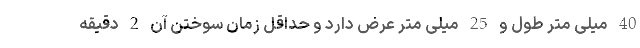
40 میلی متر طول و 25 میلی متر عرض دارد و حداقل زمان سوختن آن 2 دقیقه